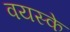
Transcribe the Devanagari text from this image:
वयस्के